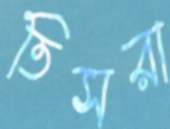
তিসরা